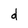
Character: d